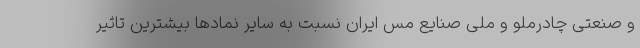
و صنعتی چادرملو و ملی صنایع مس ایران نسبت به سایر نمادها بیشترین تاثیر